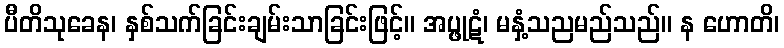
ပီတိသုခေန၊ နှစ်သက်ခြင်းချမ်းသာခြင်းဖြင့်။ အပ္ဖုဋံ၊ မနှံ့သညမည်သည်။ န ဟောတိ၊